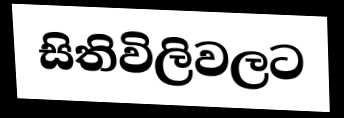
සිතිවිලිවලට